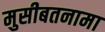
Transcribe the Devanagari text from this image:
मुसीबतनामा